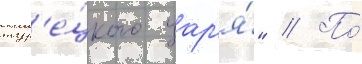
тур'е́цкого цар'я́" // По́